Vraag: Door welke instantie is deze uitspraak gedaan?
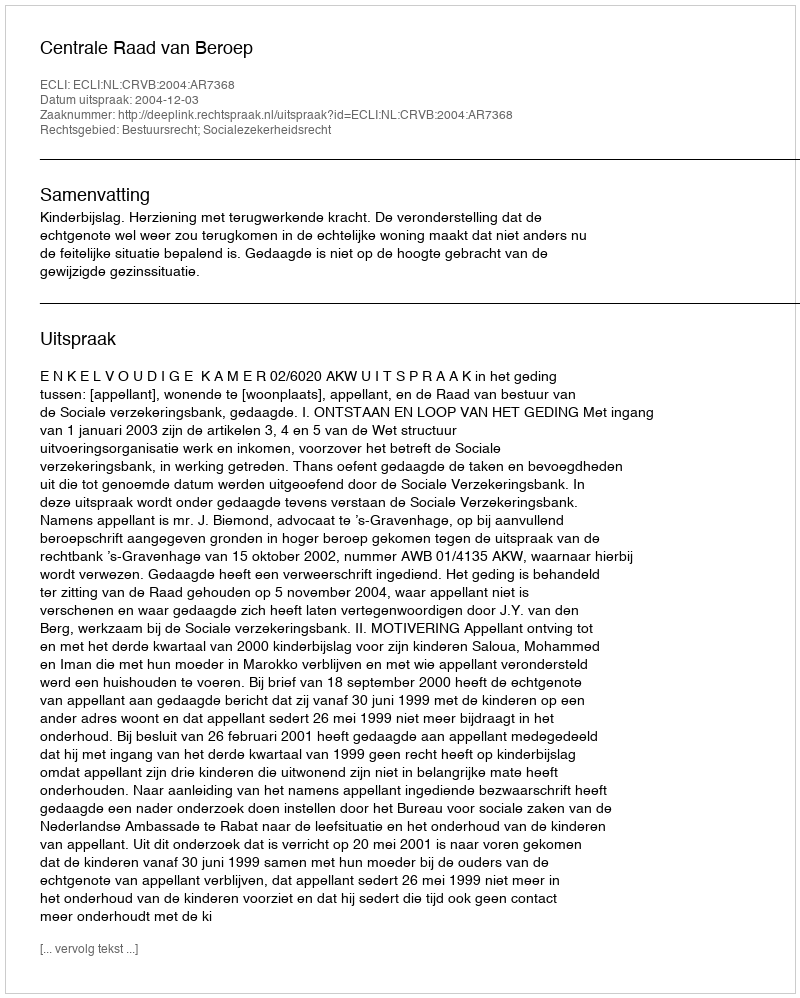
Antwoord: Centrale Raad van Beroep